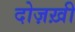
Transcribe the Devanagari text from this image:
दोज़ख़ी